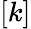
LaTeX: [k]